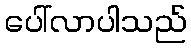
ပေါ်လာပါသည်